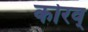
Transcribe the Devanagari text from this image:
कोरव्